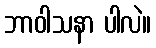
ဘာဝါသနာ ပါလဲ။